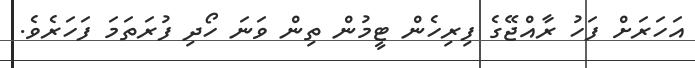
އަހަރަށް ފަހު ރާއްޖޭގެ ފިރިހެން ޓީމުން ތިން ވަނަ ހޯދި ފުރަތަމަ ފަހަރެވެ.